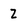
Character: z